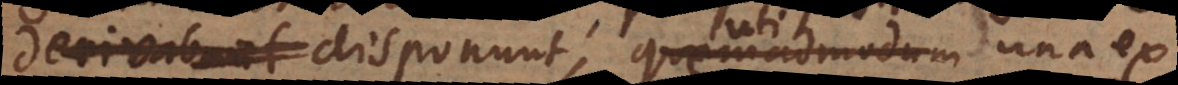
derivabant disponunt, quemadmodum una ex